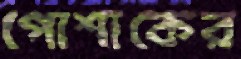
পোশাকের